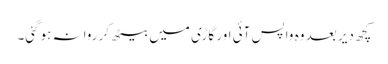
کچھ دیر بعد وہ واپس آئی اور گاڑی میں بیٹھ کر روانہ ہوگئی۔